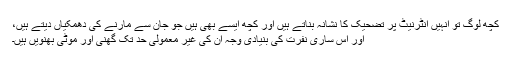
کچھ لوگ تو انہیں انٹرنیٹ پر تضحیک کا نشانہ بناتے ہیں اور کچھ ایسے بھی ہیں جو جان سے مارنے کی دھمکیاں دیتے ہیں،
اور اس ساری نفرت کی بنیادی وجہ ان کی غیر معمولی حد تک گھنی اور موٹی بھنویں ہیں۔